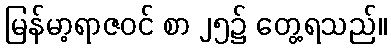
မြန်မာ့ရာဇဝင် စာ ၂၅၌ တွေ့ရသည်။